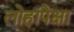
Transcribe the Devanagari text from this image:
लोहापेक्षा